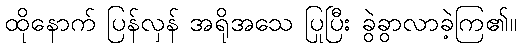
ထိုနောက် ပြန်လှန် အရိုအသေ ပြုပြီး ခွဲခွာလာခဲ့ကြ၏။